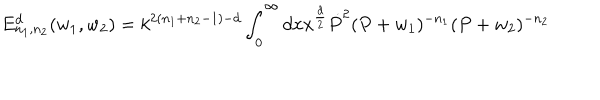
LaTeX: E _ { n _ { 1 } , n _ { 2 } } ^ { d } ( w _ { 1 } , w _ { 2 } ) = k ^ { 2 ( n _ { 1 } + n _ { 2 } - 1 ) - d } \int _ { 0 } ^ { \infty } { d } x x ^ { \frac { d } { 2 } } \dot { P } ^ { 2 } ( P + w _ { 1 } ) ^ { - n _ { 1 } } ( P + w _ { 2 } ) ^ { - n _ { 2 } }